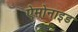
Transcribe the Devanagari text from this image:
ऐमोनाइड